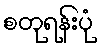
စတုရန်းပုံ